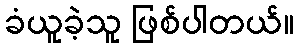
ခံယူခဲ့သူ ဖြစ်ပါတယ်။